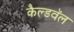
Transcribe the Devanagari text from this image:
कैल्डवॅल